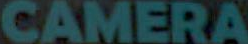
CAMERA